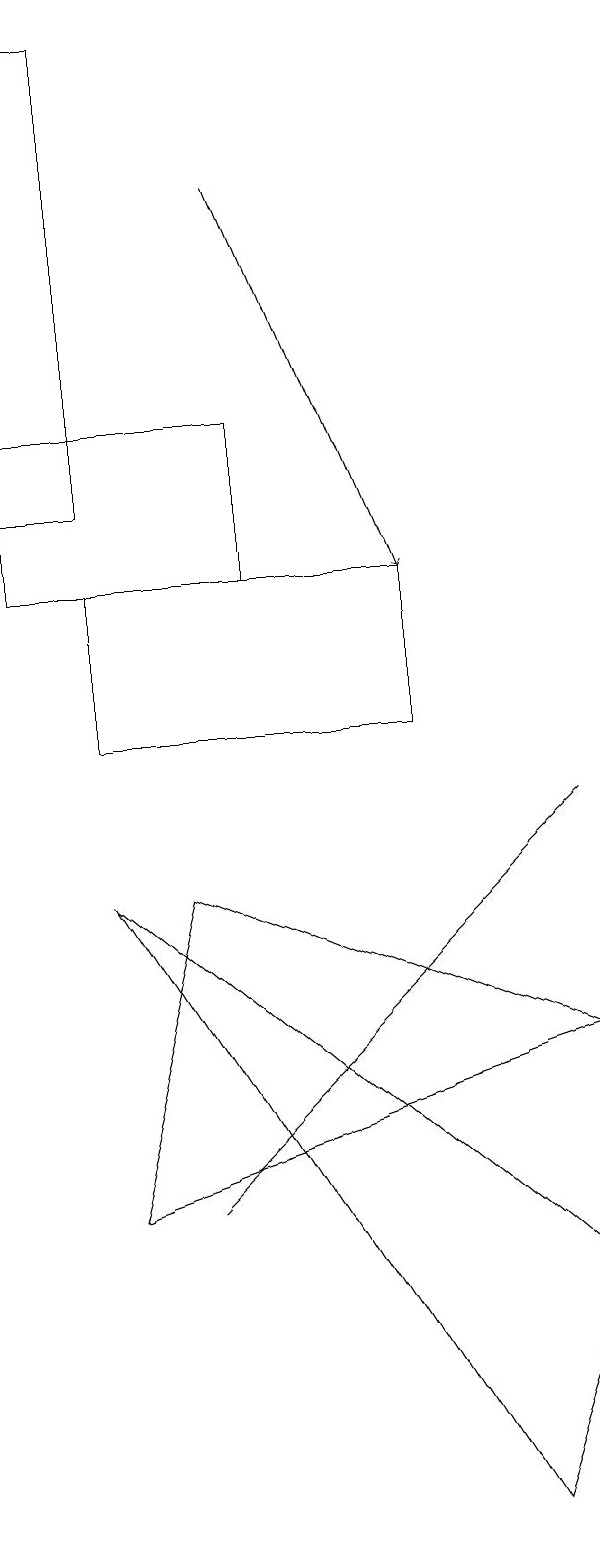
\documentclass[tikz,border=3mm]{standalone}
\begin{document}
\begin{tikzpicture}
\draw (9,6) -- (4,8) -- (3,4) -- cycle;
\draw (2,13) rectangle (3,19);
\draw (9,3) -- (3,8) -- (8,0) -- cycle;
\draw[->] (5,17) -- (7,12);
\draw (2,14) rectangle (5,12);
\draw (4,4) -- (7,7) -- (9,9) -- cycle;
\draw (7,12) rectangle (3,10);
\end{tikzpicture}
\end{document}